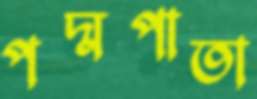
পদ্মপাতা